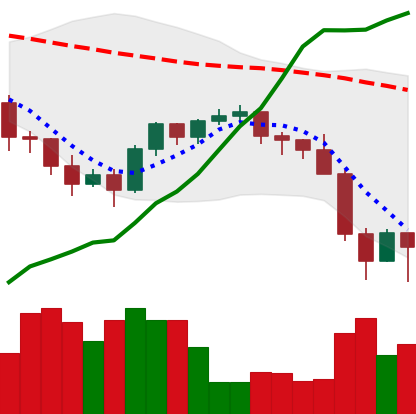
Ticker: BNB-USD
Chart end date: 2022-01-24
Forward return: 4.783%
Label: up_3_5